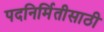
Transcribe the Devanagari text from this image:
पदनिर्मितीसाठी